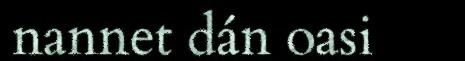
nannet dán oasi